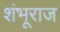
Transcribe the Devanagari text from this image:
शंभूराज